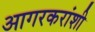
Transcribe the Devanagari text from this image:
आगरकरांशी